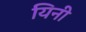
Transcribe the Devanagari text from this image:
यिनी